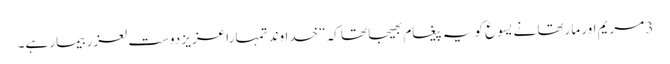
3 مریم اور مارتھا نے یسوع کو یہ پیغام بھیجا تھا کہ“ خداوند تمہا را عزیز دوست لعزر بیمار ہے۔